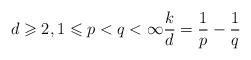
LaTeX: \begin{align*} d\geqslant2, 1\leqslant p<q<\infty \frac kd=\frac1p-\frac1q\end{align*}